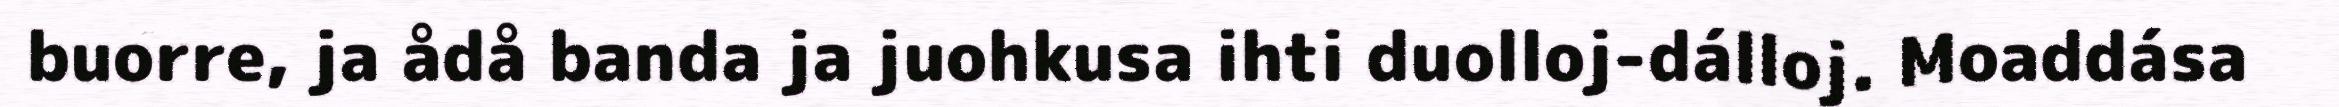
buorre, ja ådå banda ja juohkusa ihti duolloj-dálloj. Moaddása